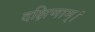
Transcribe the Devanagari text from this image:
दक्षिणाम्‌।